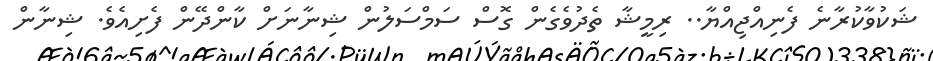
ޝަކުވާކުރާނެ ފެނިއްޖިއްޔާ.. ރިމީޝާ ތެދުވެގެން ގޮސް ސަމްސަލުން ޝިނާނަށް ކާންދޭން ފެށިއެވެ. ޝިނާން